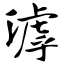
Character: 滹